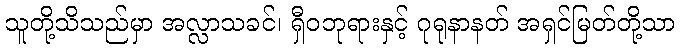
သူတို့သိသည်မှာ အလ္လာသခင်၊ ရှီဝဘုရားနှင့် ဂုရုနာနတ် အရှင်မြတ်တို့သာ